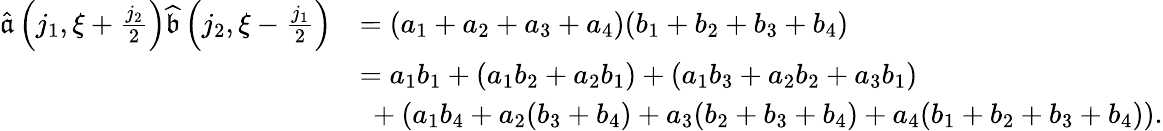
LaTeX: \begin{array}{rl}{\widehat{\mathfrak{a}}\left(j_{1},\xi+\frac{j_{2}}2\right)\widehat{\mathfrak{b}}\left(j_{2},\xi-\frac{j_{1}}2\right)}&{=(a_{1}+a_{2}+a_{3}+a_{4})(b_{1}+b_{2}+b_{3}+b_{4})}\\ &{=a_{1}b_{1}+(a_{1}b_{2}+a_{2}b_{1})+(a_{1}b_{3}+a_{2}b_{2}+a_{3}b_{1})}\\ &{\ +(a_{1}b_{4}+a_{2}(b_{3}+b_{4})+a_{3}(b_{2}+b_{3}+b_{4})+a_{4}(b_{1}+b_{2}+b_{3}+b_{4})).}\end{array}